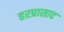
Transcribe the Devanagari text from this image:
हरप्रासाद